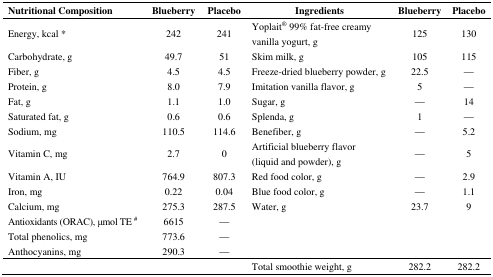
<table><thead><tr><td><b>Nutritional Composition</b></td><td><b>Blueberry</b></td><td><b>Placebo</b></td><td><b>Ingredients</b></td><td><b>Blueberry</b></td><td><b>Placebo</b></td></tr></thead><tbody><tr><td>Energy, kcal *</td><td>242</td><td>241</td><td>Yoplait<sup>®</sup> 99% fat-free creamy vanilla yogurt, g</td><td>125</td><td>130</td></tr><tr><td>Carbohydrate, g</td><td>49.7</td><td>51</td><td>Skim milk, g</td><td>105</td><td>115</td></tr><tr><td>Fiber, g</td><td>4.5</td><td>4.5</td><td>Freeze-dried blueberry powder, g</td><td>22.5</td><td>—</td></tr><tr><td>Protein, g</td><td>8.0</td><td>7.9</td><td>Imitation vanilla flavor, g</td><td>5</td><td>—</td></tr><tr><td>Fat, g</td><td>1.1</td><td>1.0</td><td>Sugar, g</td><td>—</td><td>14</td></tr><tr><td>Saturated fat, g</td><td>0.6</td><td>0.6</td><td>Splenda, g</td><td>1</td><td>—</td></tr><tr><td>Sodium, mg</td><td>110.5</td><td>114.6</td><td>Benefiber, g</td><td>—</td><td>5.2</td></tr><tr><td>Vitamin C, mg</td><td>2.7</td><td>0</td><td>Artificial blueberry flavor (liquid and powder), g</td><td>—</td><td>5</td></tr><tr><td>Vitamin A, IU</td><td>764.9</td><td>807.3</td><td>Red food color, g</td><td>—</td><td>2.9</td></tr><tr><td>Iron, mg</td><td>0.22</td><td>0.04</td><td>Blue food color, g</td><td>—</td><td>1.1</td></tr><tr><td>Calcium, mg</td><td>275.3</td><td>287.5</td><td>Water, g</td><td>23.7</td><td>9</td></tr><tr><td>Antioxidants (ORAC), μmol TE <sup>#</sup></td><td>6615</td><td>—</td><td></td><td></td><td></td></tr><tr><td>Total phenolics, mg</td><td>773.6</td><td>—</td><td></td><td></td><td></td></tr><tr><td>Anthocyanins, mg</td><td>290.3</td><td>—</td><td></td><td></td><td></td></tr><tr><td></td><td></td><td></td><td>Total smoothie weight, g</td><td>282.2</td><td>282.2</td></tr></tbody></table>